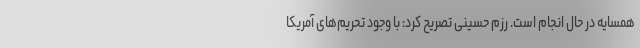
همسایه در حال انجام است. رزم حسینی تصریح کرد: با وجود تحریم‌های آمریکا